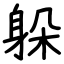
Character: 躲